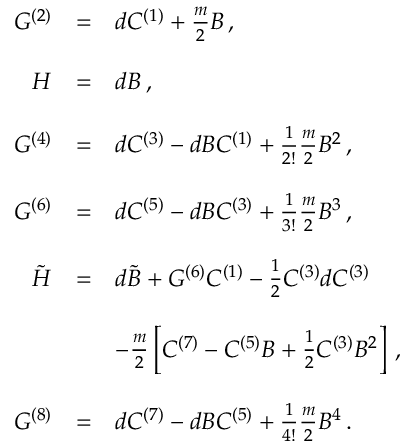
\begin{array} { r c l } { { G ^ { ( 2 ) } } } & { { = } } & { { d C ^ { ( 1 ) } + \frac { m } { 2 } B \, , } } \\ { { } } & { { } } & { { } } \\ { { H } } & { { = } } & { { d B \, , } } \\ { { } } & { { } } & { { } } \\ { { G ^ { ( 4 ) } } } & { { = } } & { { d C ^ { ( 3 ) } - d B C ^ { ( 1 ) } + \frac { 1 } { 2 ! } \frac { m } { 2 } B ^ { 2 } \, , } } \\ { { } } & { { } } & { { } } \\ { { G ^ { ( 6 ) } } } & { { = } } & { { d C ^ { ( 5 ) } - d B C ^ { ( 3 ) } + \frac { 1 } { 3 ! } \frac { m } { 2 } B ^ { 3 } \, , } } \\ { { } } & { { } } & { { } } \\ { { \tilde { H } } } & { { = } } & { { d \tilde { B } + G ^ { ( 6 ) } C ^ { ( 1 ) } - \frac { 1 } { 2 } C ^ { ( 3 ) } d C ^ { ( 3 ) } } } \\ { { } } & { { } } & { { } } \\ { { } } & { { } } & { { - \frac { m } { 2 } \left[ C ^ { ( 7 ) } - C ^ { ( 5 ) } B + \frac { 1 } { 2 } C ^ { ( 3 ) } B ^ { 2 } \right] \, , } } \\ { { } } & { { } } & { { } } \\ { { G ^ { ( 8 ) } } } & { { = } } & { { d C ^ { ( 7 ) } - d B C ^ { ( 5 ) } + \frac { 1 } { 4 ! } \frac { m } { 2 } B ^ { 4 } \, . } } \end{array}